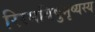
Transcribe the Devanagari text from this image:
रिरमयिषुमृष्यस्य